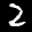
Label: 2